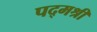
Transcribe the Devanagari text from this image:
पद्‌मश्री